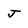
Character: J